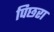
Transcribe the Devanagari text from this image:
पिछरा